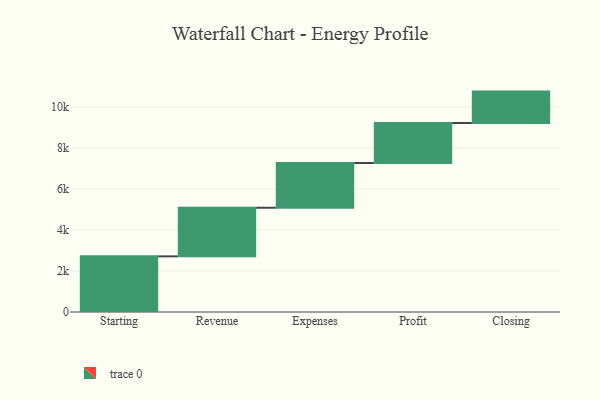
{"axis": {"x": "Step", "y": "Value"}, "legend": [""], "data": [{"x": "Starting", "y": 2714.0, "type": ""}, {"x": "Revenue", "y": 2372.0, "type": ""}, {"x": "Expenses", "y": 2184.0, "type": ""}, {"x": "Profit", "y": 1952.0, "type": ""}, {"x": "Closing", "y": 1531.0, "type": ""}]}